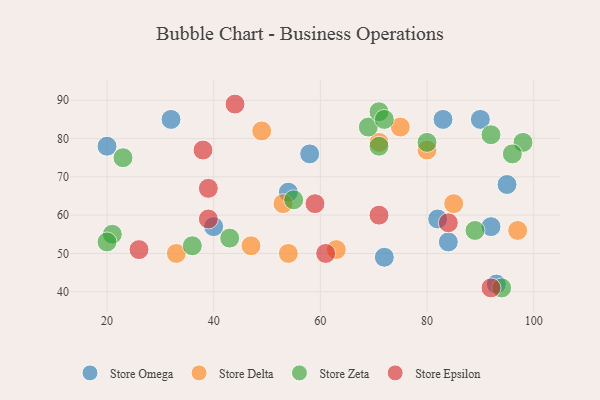
{"axis": {"x": "GDP", "y": "Life Expectancy"}, "legend": ["Store Delta", "Store Epsilon", "Store Omega", "Store Zeta"], "data": [{"x": "58", "y": 76, "type": "Store Omega"}, {"x": "72", "y": 49, "type": "Store Omega"}, {"x": "54", "y": 66, "type": "Store Omega"}, {"x": "20", "y": 78, "type": "Store Omega"}, {"x": "82", "y": 59, "type": "Store Omega"}, {"x": "95", "y": 68, "type": "Store Omega"}, {"x": "83", "y": 85, "type": "Store Omega"}, {"x": "40", "y": 57, "type": "Store Omega"}, {"x": "84", "y": 53, "type": "Store Omega"}, {"x": "32", "y": 85, "type": "Store Omega"}, {"x": "92", "y": 57, "type": "Store Omega"}, {"x": "93", "y": 42, "type": "Store Omega"}, {"x": "90", "y": 85, "type": "Store Omega"}, {"x": "71", "y": 79, "type": "Store Delta"}, {"x": "75", "y": 83, "type": "Store Delta"}, {"x": "80", "y": 77, "type": "Store Delta"}, {"x": "54", "y": 50, "type": "Store Delta"}, {"x": "85", "y": 63, "type": "Store Delta"}, {"x": "53", "y": 63, "type": "Store Delta"}, {"x": "33", "y": 50, "type": "Store Delta"}, {"x": "47", "y": 52, "type": "Store Delta"}, {"x": "63", "y": 51, "type": "Store Delta"}, {"x": "97", "y": 56, "type": "Store Delta"}, {"x": "49", "y": 82, "type": "Store Delta"}, {"x": "69", "y": 83, "type": "Store Zeta"}, {"x": "98", "y": 79, "type": "Store Zeta"}, {"x": "80", "y": 79, "type": "Store Zeta"}, {"x": "71", "y": 87, "type": "Store Zeta"}, {"x": "21", "y": 55, "type": "Store Zeta"}, {"x": "36", "y": 52, "type": "Store Zeta"}, {"x": "89", "y": 56, "type": "Store Zeta"}, {"x": "43", "y": 54, "type": "Store Zeta"}, {"x": "71", "y": 78, "type": "Store Zeta"}, {"x": "20", "y": 53, "type": "Store Zeta"}, {"x": "23", "y": 75, "type": "Store Zeta"}, {"x": "92", "y": 81, "type": "Store Zeta"}, {"x": "55", "y": 64, "type": "Store Zeta"}, {"x": "72", "y": 85, "type": "Store Zeta"}, {"x": "96", "y": 76, "type": "Store Zeta"}, {"x": "94", "y": 41, "type": "Store Zeta"}, {"x": "44", "y": 89, "type": "Store Epsilon"}, {"x": "59", "y": 63, "type": "Store Epsilon"}, {"x": "71", "y": 60, "type": "Store Epsilon"}, {"x": "61", "y": 50, "type": "Store Epsilon"}, {"x": "38", "y": 77, "type": "Store Epsilon"}, {"x": "92", "y": 41, "type": "Store Epsilon"}, {"x": "84", "y": 58, "type": "Store Epsilon"}, {"x": "26", "y": 51, "type": "Store Epsilon"}, {"x": "39", "y": 67, "type": "Store Epsilon"}, {"x": "39", "y": 59, "type": "Store Epsilon"}]}